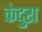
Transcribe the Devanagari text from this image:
कंदुरा